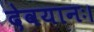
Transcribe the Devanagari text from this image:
देवयानः।